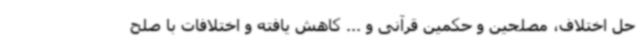
حل اختلاف، مصلحین و حکمین قرآنی و ... کاهش یافته و اختلافات با صلح